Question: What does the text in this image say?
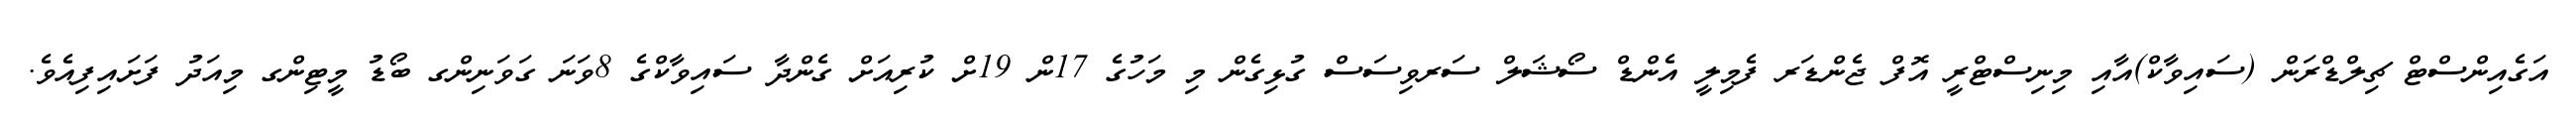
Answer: އަގެއިންސްޓް ޗިލްޑްރަން (ސައިވާކް)އާއި މިނިސްޓްރީ އޮފް ޖެންޑަރ ފެމިލީ އެންޑް ސޯޝަލް ސަރވިސަސް ގުޅިގެން މި މަހުގެ 17ން 19ށް ކުރިއަށް ގެންދާ ސައިވާކްގެ 8ވަނަ ގަވަނިންގ ބޯޑު މީޓިންގ މިއަދު ފަށައިފިއެވެ.